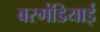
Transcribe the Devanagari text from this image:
बरगंडियाई